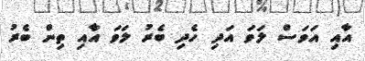
އާއި އަވަސް ލަވަ އަދި ހެދި ބެރު ލަވަ އާއި ތިން ބެރު